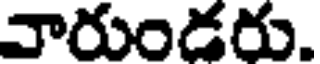
వారుండరు.